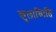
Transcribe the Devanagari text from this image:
कुलाध्पिति